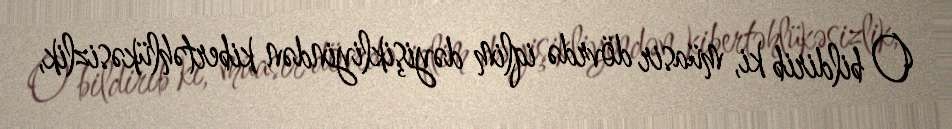
O bildirib ki, müasir dövrdə iqlim dəyişikliyindən kibertəhlükəsizlik,